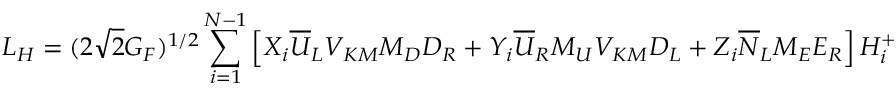
{ \cal L } _ { H } = ( 2 \sqrt { 2 } G _ { F } ) ^ { 1 / 2 } \sum _ { i = 1 } ^ { N - 1 } \left[ X _ { i } \overline { { { U } } } _ { L } V _ { K M } M _ { D } D _ { R } + Y _ { i } \overline { { { U } } } _ { R } M _ { U } V _ { K M } D _ { L } + Z _ { i } \overline { { { N } } } _ { L } M _ { E } E _ { R } \right] H _ { i } ^ { + } + \mathrm { h . c . } \; .